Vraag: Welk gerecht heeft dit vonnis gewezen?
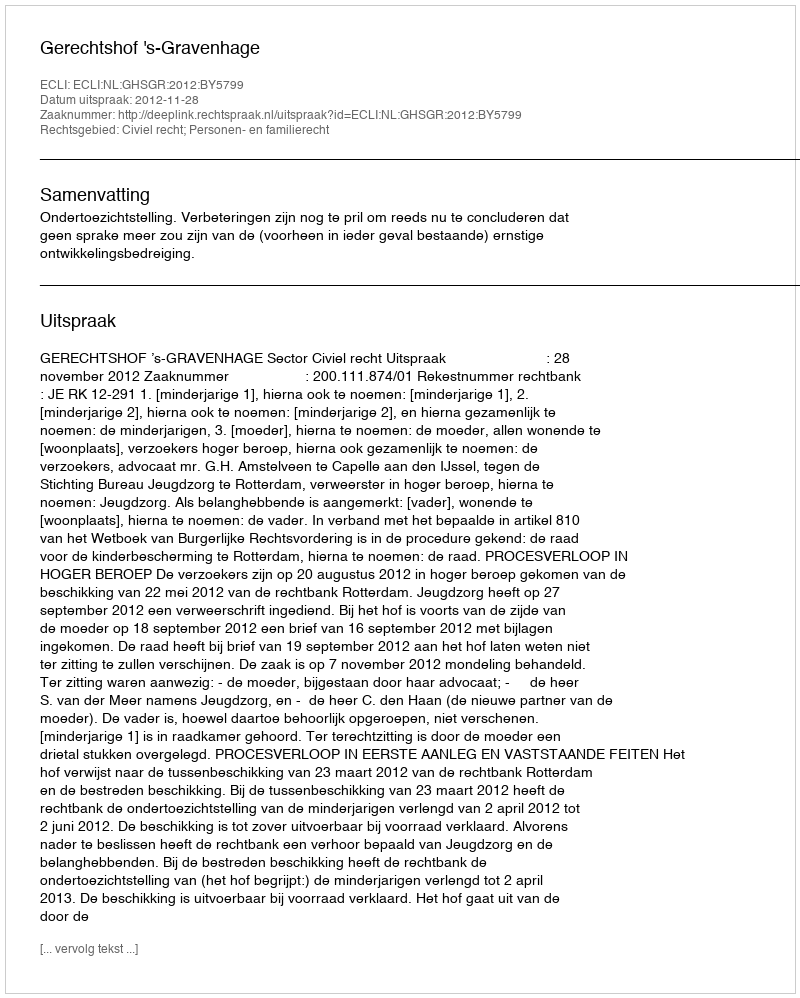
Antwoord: Gerechtshof 's-Gravenhage